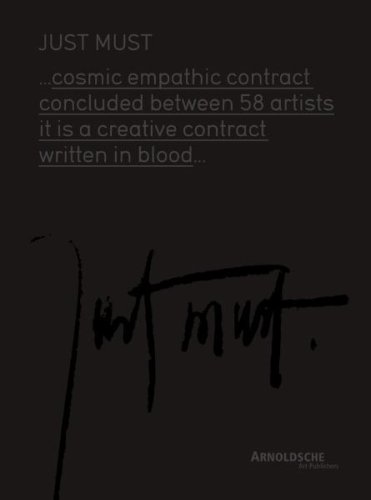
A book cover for Just Must: Black International Jewellery; Kadri Malk; Crafts, Hobbies & Home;